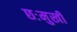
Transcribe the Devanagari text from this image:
छःमुखी